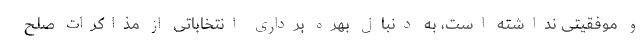
و موفقیتی نداشته است، به دنبال بهره برداری انتخاباتی از مذاکرات صلح